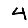
Digit: 4